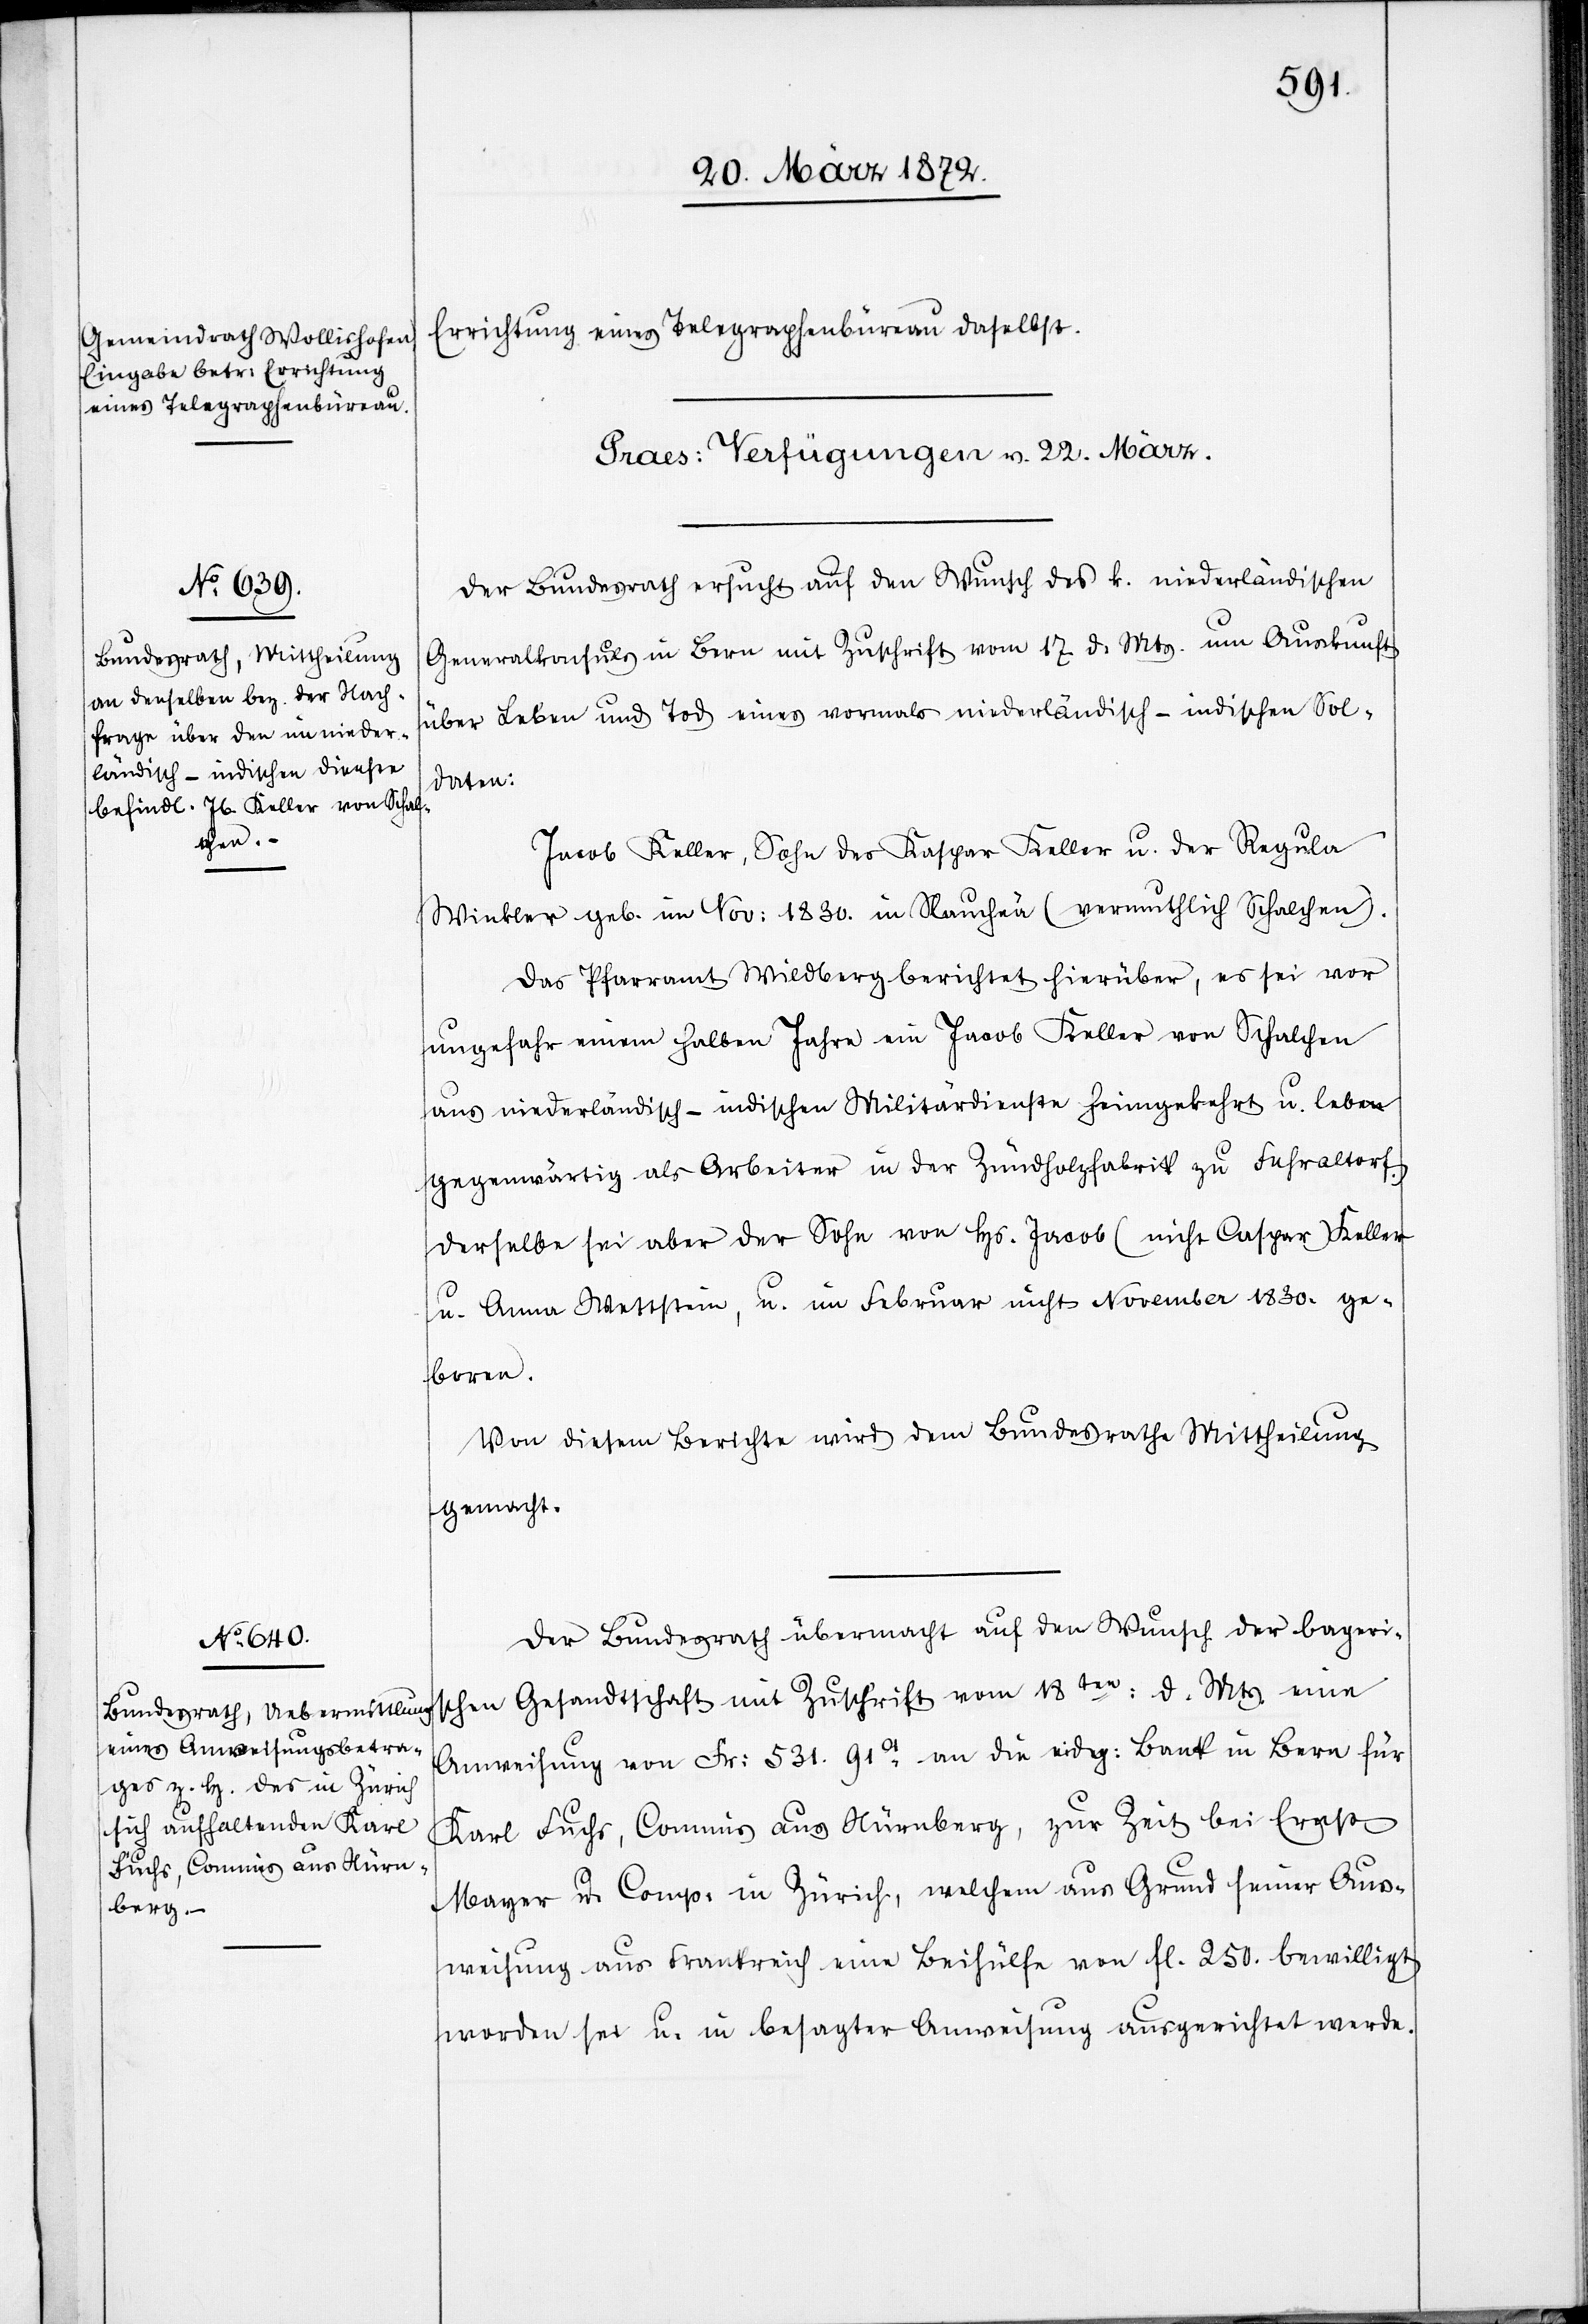
Errichtung eines Telegraphenbüreau daselbst.
[Praes: Verfügungen v. 22. März.]
Der Bundesrath ersucht auf den Wunsch des k. niederländischen
Generalkonsuls in Bern mit Zuschrift vom 27. d. Mts. um Auskunft
über Leben und Tod eines vormals niederländisch-indischen Sol¬
daten:
Jacob Keller, Sohn des Kaspar Keller u. der Regula
Winkler geb. im Nov: 1830. in Slaucheä (vermuthlich Schalchen).
Das Pfarramt Wildberg berichtet hierüber, es sei vor
ungef[ä]hr einem halben Jahre ein Jacob Keller von Schalchen
aus niederländisch-indischen Militärdienste heimgekehrt u. lebe
gegenwärtig als Arbeiter in der Zündholzfabrik zu Fehraltorf.
Derselbe sei aber der Sohn von Hs. Jacob (nicht Caspar) Keller
u. Anna Wettstein, u. im Februar nicht November 1830. ge¬
boren.
Von diesem Berichte wird dem Bundesrathe Mittheilung
gemacht.
Der Bundesrath übermacht auf den Wunsch der bayeri¬
schen Gesandtschaft mit Zuschrift vom 18ten: d. Mts. eine
Anweisung von Fr: 531. 91ct an die eidg: Bank in Bern für
Karl Fuchs, Commis aus Nürnberg, zur Zeit bei Ernst
Mayer u. Comp: in Zürich, welchem aus Grund seiner Aus¬
weisung aus Frankreich eine Beihülfe von fl. 250. bewilligt
worden sei u. in besagter Anweisung ausgerichtet werde.